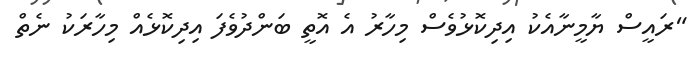
"ރައީސް ޔާމީނާއެކު އިދިކޮޅުވެސް މިހާރު އެ އޮތީ ބަންދުވެފަ އިދިކޮޅެއް މިހާރަކު ނެތް